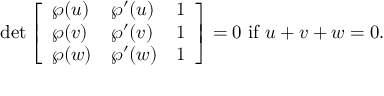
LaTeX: \operatorname* { d e t } { \left[ \begin{array} { l l l } { \wp ( u ) } & { \wp ^ { \prime } ( u ) } & { 1 } \\ { \wp ( v ) } & { \wp ^ { \prime } ( v ) } & { 1 } \\ { \wp ( w ) } & { \wp ^ { \prime } ( w ) } & { 1 } \end{array} \right] } = 0 { \mathrm { ~ i f ~ } } u + v + w = 0 .